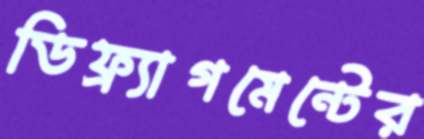
ডিফ্র্যাগমেন্টের